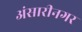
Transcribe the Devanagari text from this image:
अंसारीनगर